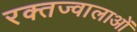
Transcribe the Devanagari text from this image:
रक्तज्वालाओं